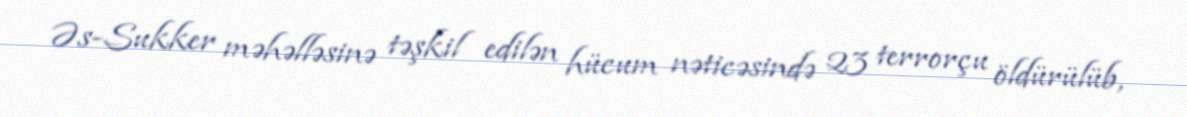
Əs-Sukker məhəlləsinə təşkil edilən hücum nəticəsində 23 terrorçu öldürülüb,